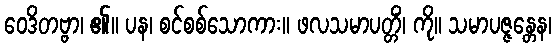
ဝေဒိတဗ္ဗာ၊ ၏။ ပန၊ စင်စစ်သောကား။ ဖလသမာပတ္တိံ၊ ကို။ သမာပဇ္ဇန္တေန၊